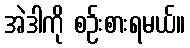
အဲဒါကို စဉ်းစားရမယ်။